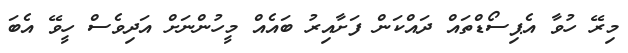
މިރޭ ހުވާ އެޕިސޯޑްތައް ދައްކަން ފަށާއިރު ބައެއް މީހުންނަށް އަދިވެސް ހީވޭ އެބަ